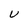
Character: u